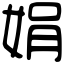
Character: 娟